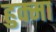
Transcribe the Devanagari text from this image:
हुक्मा